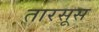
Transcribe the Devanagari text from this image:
तारसूस